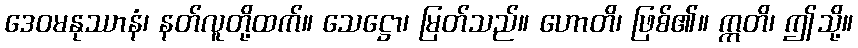
ဒေဝမနုဿာနံ၊ နတ်လူတို့ထက်။ သေဋ္ဌော၊ မြတ်သည်။ ဟောတိ၊ ဖြစ်၏။ ဣတိ၊ ဤသို့။